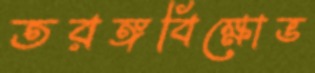
তরঙ্গবিক্ষোভ